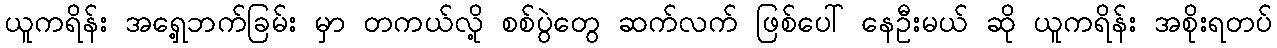
ယူကရိန်း အရှေ့ဘက်ခြမ်း မှာ တကယ်လို့ စစ်ပွဲတွေ ဆက်လက် ဖြစ်ပေါ် နေဦးမယ် ဆို ယူကရိန်း အစိုးရတပ်